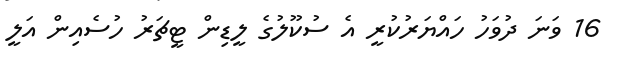
16 ވަނަ ދުވަހު ހައްޔަރުކުރީ އެ ސުކޫލުގެ ލީޑިން ޓީޗަރު ހުސެއިން އަލީ